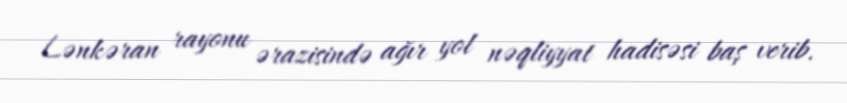
Lənkəran rayonu ərazisində ağır yol nəqliyyat hadisəsi baş verib.